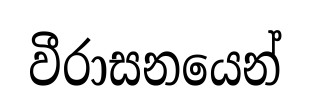
වීරාසනයෙන්